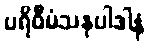
ပရိဝီမံသနုပါဒါနံ